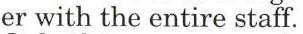
er with the entire staff